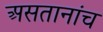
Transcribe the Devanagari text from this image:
असतानांच